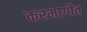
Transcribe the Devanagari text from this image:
करमागीत